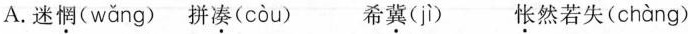
A.迷惘（wang） 拼凑（cou） 希冀（ji） 怅然若失（chang）